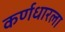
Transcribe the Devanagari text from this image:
कर्णधारला